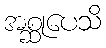
အစ္ဆုပေသိ